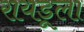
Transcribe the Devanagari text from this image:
रायडूला